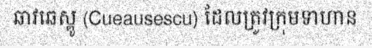
ឆាវឆេស្គូ (Cueausescu) ដែលត្រូវក្រុមទាហាន